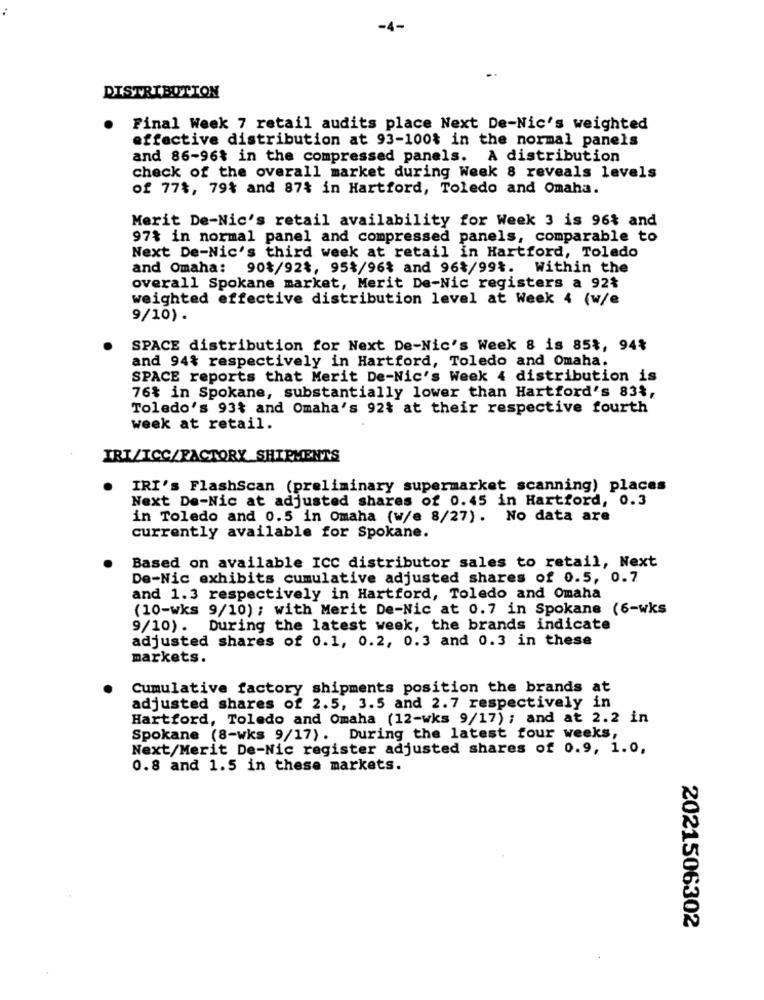
-4-
DISTRIBUTION
.
Final Week 7 retail audits place Next De-Nic's weighted
effective distribution at 93-100$ in the normal panels
and 86-96% in the compressed panels. A distribution
check of the overall market during Week 8 reveals levels
of 77%, 79% and 87% in Hartford, Toledo and Omaha.
Merit De-Nic's retail availability for Week 3 is 96% and
97% in normal panel and compressed panels, comparable to
Next De-Nic's third week at retail in Hartford, Toledo
and Omaha: 90$/924, 95$/96% and 964/99%. Within the
overall Spokane market, Merit De-Nic registers a 92%
weighted effective distribution level at Week 4 (w/e
9/10) .
SPACE distribution for Next De-Nic's Week 8 is 85%, 94%
and 94% respectively in Hartford, Toledo and Omaha.
SPACE reports that Merit De-Nic's Week 4 distribution is
76% in Spokane, substantially lower than Hartford's 83%,
Toledo's 93% and Omaha's 92% at their respective fourth
week at retail.
IRI/TCC/FACTORY SHIPMENTS
IRI's FlashScan (preliminary supermarket scanning) places
Next De-Nic at adjusted shares of 0.45 in Hartford, 0.3
in Toledo and 0.5 in Omaha (w/e 8/27). No data are
currently available for Spokane.
Based on available ICC distributor sales to retail, Next
De-Nic exhibits cumulative adjusted shares of 0.5, 0.7
and 1.3 respectively in Hartford, Toledo and Omaha
(10-wks 9/10) ; with Merit De-Nic at 0.7 in Spokane (6-wks
9/10). During the latest week, the brands indicate
adjusted shares of 0.1, 0.2, 0.3 and 0.3 in these
markets.
Cumulative factory shipments position the brands at
adjusted shares of 2.5, 3.5 and 2.7 respectively in
Hartford, Toledo and Omaha (12-wks 9/17) ; and at 2.2 in
Spokane (8-wks 9/17). During the latest four weeks,
Next/Merit De-Nic register adjusted shares of 0.9, 1.0,
0.8 and 1.5 in these markets.
2021506302